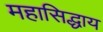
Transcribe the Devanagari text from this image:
महासिद्धाय